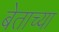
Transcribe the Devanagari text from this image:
बेताच्या